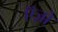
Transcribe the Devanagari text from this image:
ऍज़ो